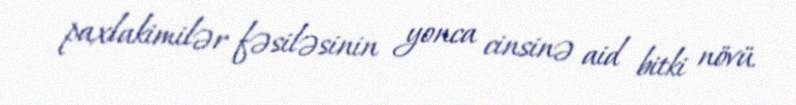
paxlakimilər fəsiləsinin yonca cinsinə aid bitki növü.